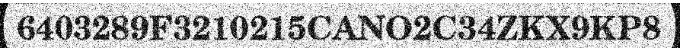
6403289F3210215CANO2C34ZKX9KP8